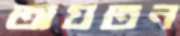
অযতন